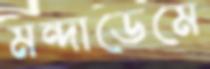
মন্দাডেমে